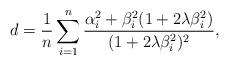
LaTeX: \begin{align*}d &= \frac{1}{n}\sum_{i=1}^n \frac{\alpha_i^2 + \beta_i^2 (1 + 2\lambda \beta_i^2)}{(1 + 2\lambda \beta_i^2)^2},\end{align*}